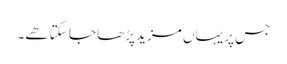
جس پر یہاں مزید پڑھا جا سکتا ھے۔